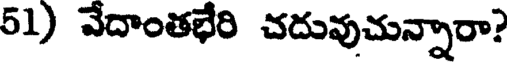
51) వేదాంతభేరి చదువుచున్నారా?